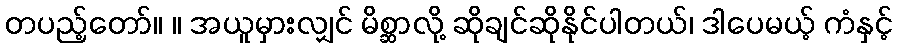
တပည့်တော်။ ။ အယူမှားလျှင် မိစ္ဆာလို့ ဆိုချင်ဆိုနိုင်ပါတယ်၊ ဒါပေမယ့် ကံနှင့်